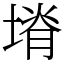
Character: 塉